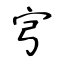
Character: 宆